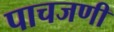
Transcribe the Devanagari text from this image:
पाचजणी